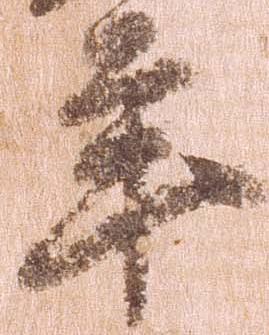
年